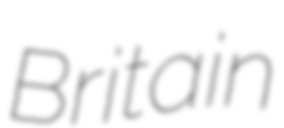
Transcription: Britain